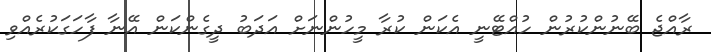
ރާއްޖެ ބޭނުންކުރުން ހުއްޓޭނީ އެކަން ކުރާ މީހުންނަށް އަދަބު ދީގެންކަން އޭނާ ފާހަގަކުރެއްވި